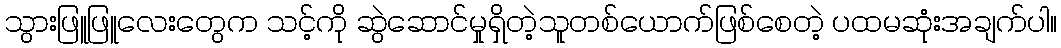
သွားဖြူဖြူလေးတွေက သင့်ကို ဆွဲဆောင်မှုရှိတဲ့သူတစ်ယောက်ဖြစ်စေတဲ့ ပထမဆုံးအချက်ပါ။